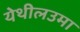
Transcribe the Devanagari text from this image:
येथीलउमा